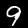
Digit: 9